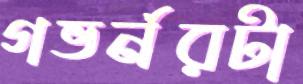
গভর্নরটা